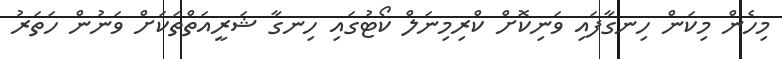
މިހެން މިކަން ހިނގާފައި ވަނިކޮށް ކްރިމިނަލް ކޯޓުގައި ހިނގާ ޝަރީއަތްތަކަށް ވަނުން ހަތަރު